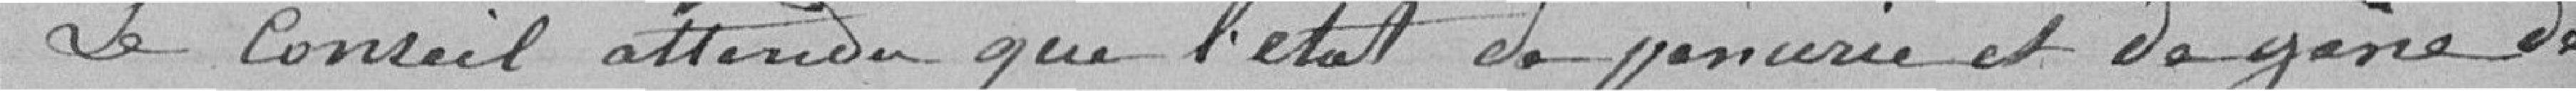
Le Conseil attendu que l'état de pénurie et de gêne de